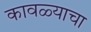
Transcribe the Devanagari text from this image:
कावळ्याचा